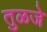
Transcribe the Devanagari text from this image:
तुळजे